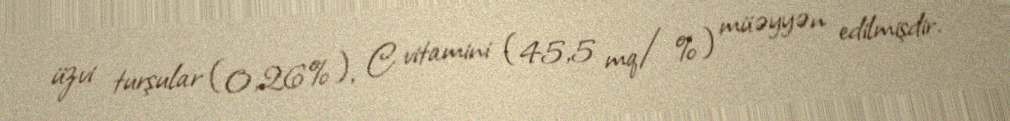
üzvi turşular (0,26%), C vitamini (45,5 mq/%) müəyyən edilmişdir.